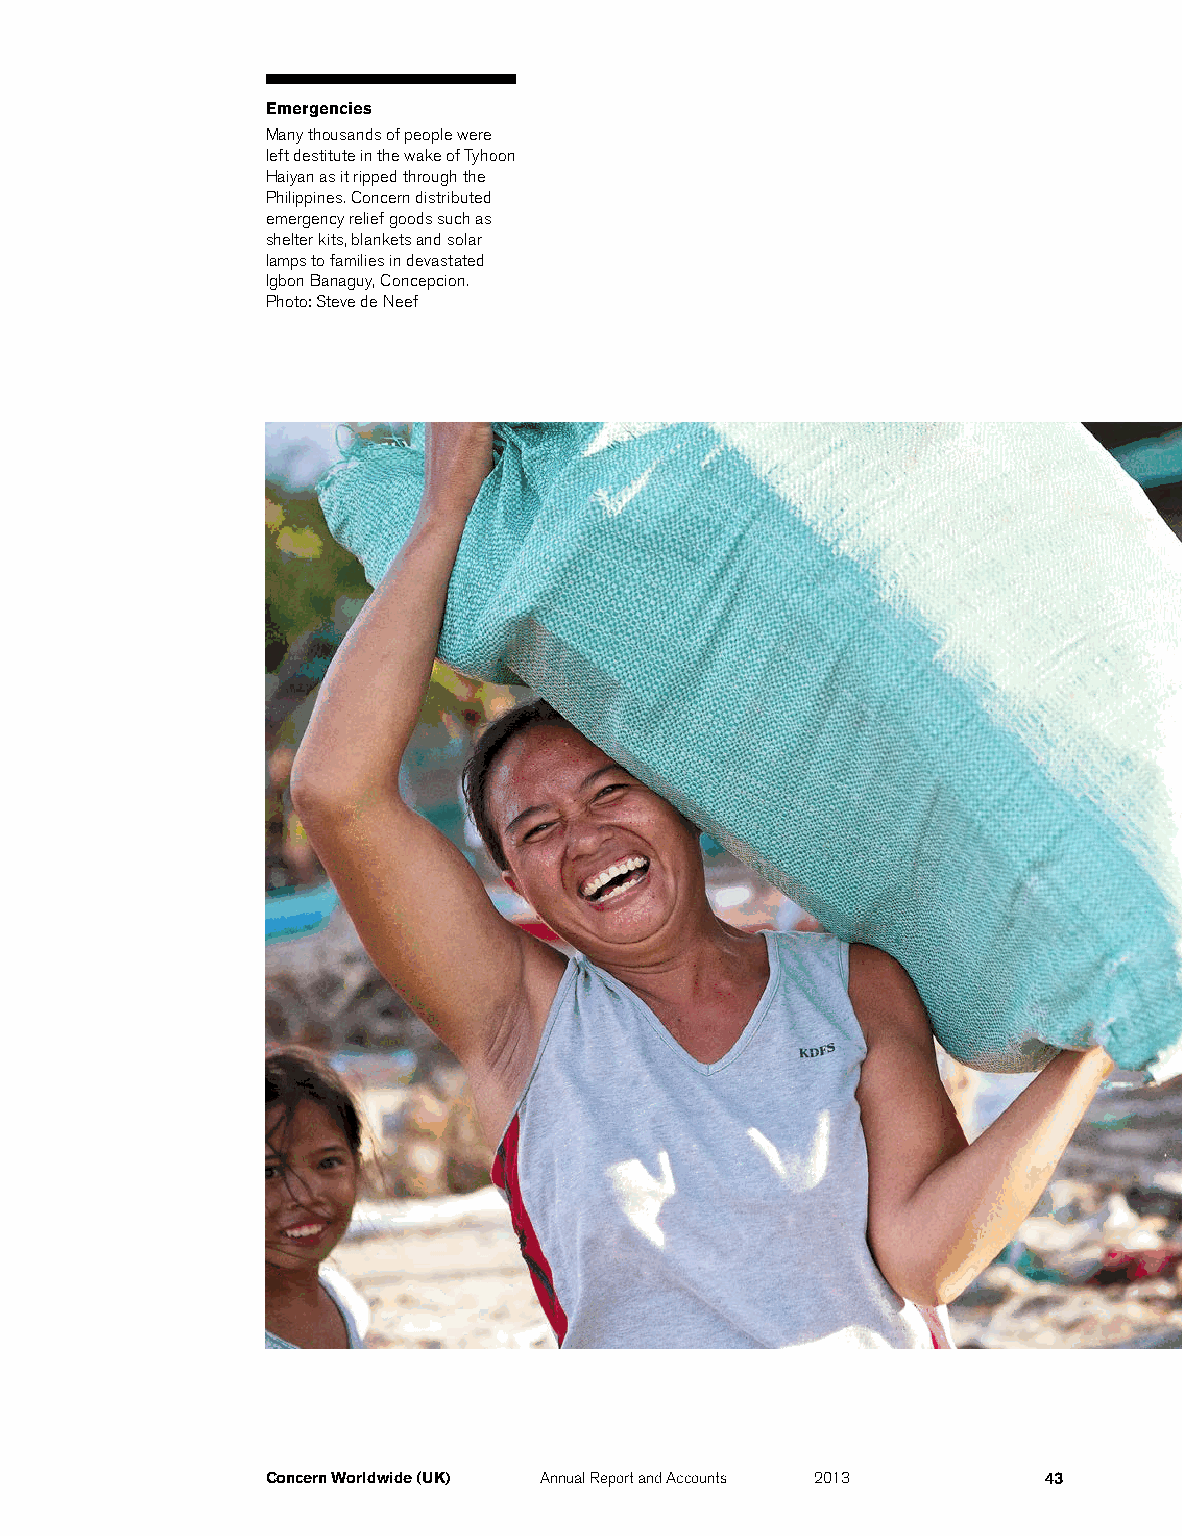
Emergencies
 Many thousands of people were
 left destitute in the wake of Tyhoon
 Haiyan as it ripped through the
 Philippines. Concern distributed
 emergency relief goods such as
 shelter kits, blankets and solar
 lamps to families in devastated
 Igbon Banaguy, Concepcion.
 Photo: Steve de Neef
 Concern Worldwide (UK) Annual Report and Accounts 2013 43